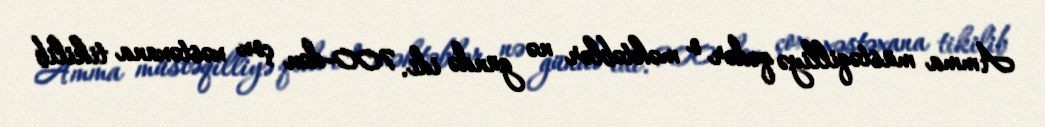
Amma müstəqilliyə qədər o məktəblər nə gündə idi. 700-dən çox xəstəxana tikilib